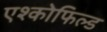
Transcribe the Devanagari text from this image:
एश्कोफिल्ड